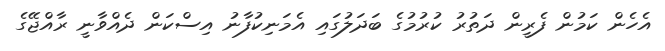
އެހެން ކަމުން ފެރީން ދަތުރު ކުރުމުގެ ބަދަލުގައި އެމަނިކުފާނު އިސްކަން ދެއްވާނީ ރާއްޖޭގެ